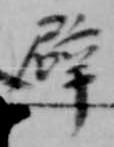
辟